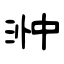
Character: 浺